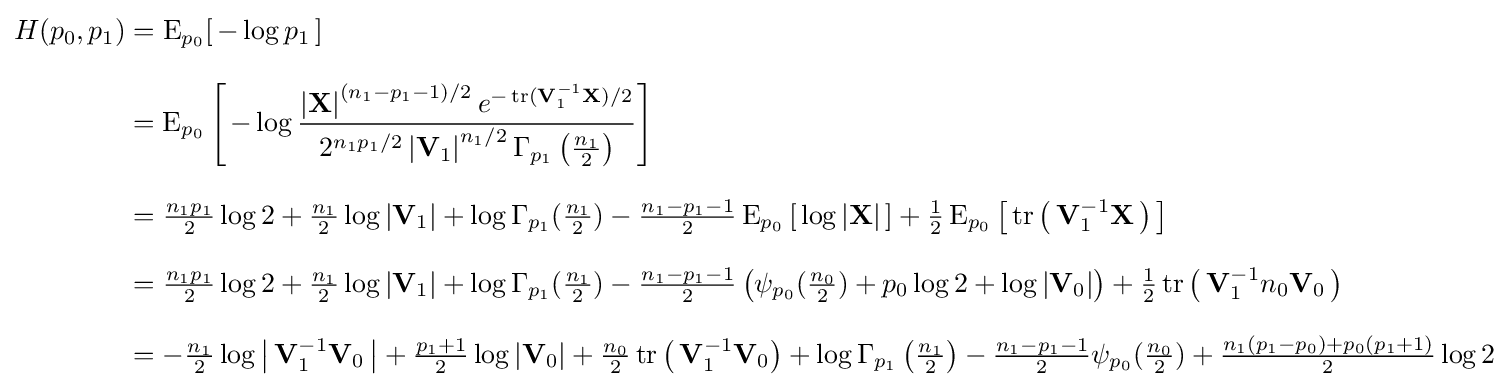
{\begin{aligned}H(p_{0},p_{1})&=\operatorname {E} _{p_{0}}[\,-\log p_{1}\,]\\[8pt]&=\operatorname {E} _{p_{0}}\left[\,-\log {\frac {\left|\mathbf {X} \right|^{(n_{1}-p_{1}-1)/2}e^{-\operatorname {tr} (\mathbf {V} _{1}^{-1}\mathbf {X} )/2}}{2^{n_{1}p_{1}/2}\left|\mathbf {V} _{1}\right|^{n_{1}/2}\Gamma _{p_{1}}\left({\tfrac {n_{1}}{2}}\right)}}\right]\\[8pt]&={\tfrac {n_{1}p_{1}}{2}}\log 2+{\tfrac {n_{1}}{2}}\log \left|\mathbf {V} _{1}\right|+\log \Gamma _{p_{1}}({\tfrac {n_{1}}{2}})-{\tfrac {n_{1}-p_{1}-1}{2}}\operatorname {E} _{p_{0}}\left[\,\log \left|\mathbf {X} \right|\,\right]+{\tfrac {1}{2}}\operatorname {E} _{p_{0}}\left[\,\operatorname {tr} \left(\,\mathbf {V} _{1}^{-1}\mathbf {X} \,\right)\,\right]\\[8pt]&={\tfrac {n_{1}p_{1}}{2}}\log 2+{\tfrac {n_{1}}{2}}\log \left|\mathbf {V} _{1}\right|+\log \Gamma _{p_{1}}({\tfrac {n_{1}}{2}})-{\tfrac {n_{1}-p_{1}-1}{2}}\left(\psi _{p_{0}}({\tfrac {n_{0}}{2}})+p_{0}\log 2+\log \left|\mathbf {V} _{0}\right|\right)+{\tfrac {1}{2}}\operatorname {tr} \left(\,\mathbf {V} _{1}^{-1}n_{0}\mathbf {V} _{0}\,\right)\\[8pt]&=-{\tfrac {n_{1}}{2}}\log \left|\,\mathbf {V} _{1}^{-1}\mathbf {V} _{0}\,\right|+{\tfrac {p_{1}+1}{2}}\log \left|\mathbf {V} _{0}\right|+{\tfrac {n_{0}}{2}}\operatorname {tr} \left(\,\mathbf {V} _{1}^{-1}\mathbf {V} _{0}\right)+\log \Gamma _{p_{1}}\left({\tfrac {n_{1}}{2}}\right)-{\tfrac {n_{1}-p_{1}-1}{2}}\psi _{p_{0}}({\tfrac {n_{0}}{2}})+{\tfrac {n_{1}(p_{1}-p_{0})+p_{0}(p_{1}+1)}{2}}\log 2\end{aligned}}